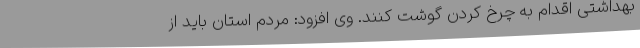
بهداشتی اقدام به چرخ کردن گوشت کنند. وی افزود: مردم استان باید از